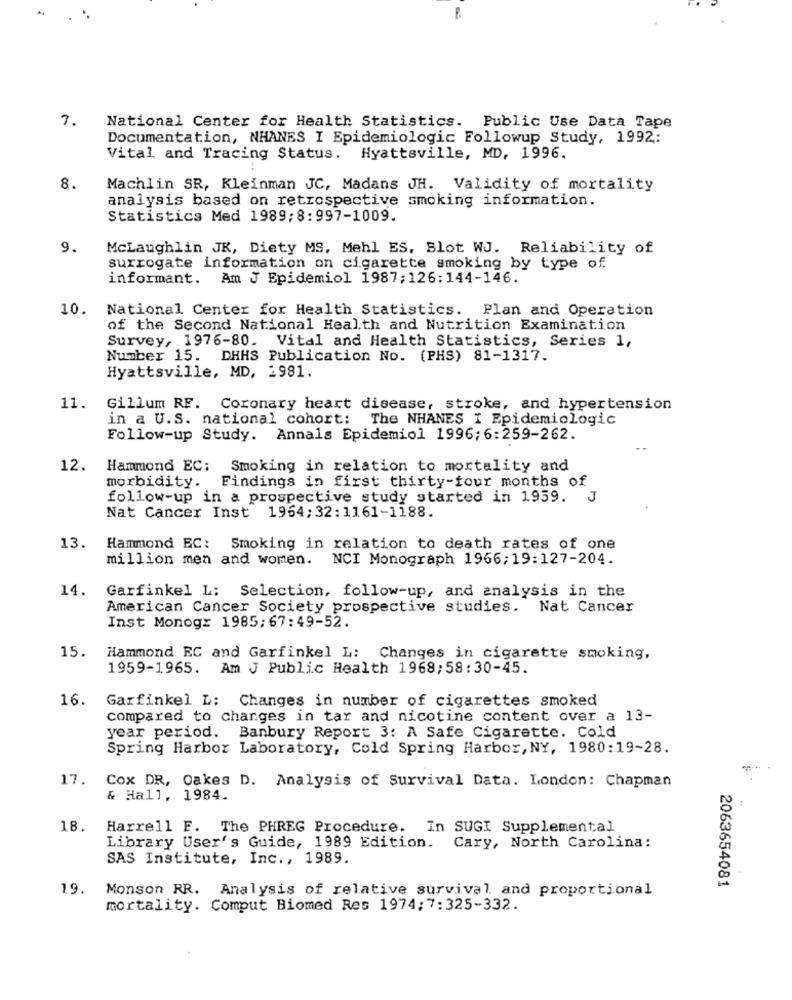
7.
National Center for Health Statistics. Public Use Data Tape
Documentation, NHANES I Epidemiologic Followup Study, 1992:
Vital and Tracing Status.
Hyattsville, MD, 1996.
8.
Machlin SR, Kleinman JC, Madans JH. Validity of mortality
analysis based on retrospective smoking information.
Statistics Med 1989;8:997-1009.
9.
McLaughlin JK, Diety MS, Mehl ES, Blot WJ. Reliability of
surrogate information on cigarette smoking by type of
informant. Am J Epidemiol 1987;126:144-146.
10. National Center for Health Statistics. Plan and Operation
of the Second National Health and Nutrition Examination
Survey, 1976-80. Vital and Health Statistics, Series 1,
Number 15. DHHS Publication No. (PHS) 81-1317.
Hyattsville, MD, 1981.
11. Gillum RF. Coronary heart disease, stroke, and hypertension
in a U.S. national cohort: The NHANES I Epidemiologic
Follow-up Study. Annals Epidemiol 1996;6:259-262.
12.
Hammond EC: Smoking in relation to mortality and
morbidity. Findings in first thirty-four months of
follow-up in a prospective study started in 1959. J
Nat Cancer Inst 1964; 32: 1161-1188.
13. Hammond EC: Smoking in relation to death rates of one
million men and women. NCI Monograph 1966;19:127-204.
14.
Garfinkel L: Selection, follow-up, and analysis in the
American Cancer Society prospective studies.
Nat Cancer
Inst Monogz 1985; 67: 49-52.
15.
Hammond EC and Garfinkel L: Changes in cigarette smoking,
1959-1965. Am J Public Health 1968:58:30-45.
16.
Garfinkel L: Changes in number of cigarettes smoked
compared to changes in tar and nicotine content over a 13-
year period. Banbury Report 3: A Safe Cigarette. Cold
Spring Harbor Laboratory, Cold Spring Harbor, NY, 1980:19-28.
17.
Cox DR, Oakes D. Analysis of Survival Data. London: Chapman
& Hall, 1984.
18.
Harrell F. The PHREG Procedure. In SUGI Supplemental
Library User's Guide, 1989 Edition.
Cary, North Carolina:
SAS Institute, Inc ., 1989.
19.
Monson RR.
Analysis of relative survival and proportional
2063654081
mortality. Comput Biomed Res 1974; 7: 325-332.